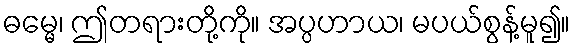
ဓမ္မေ၊ ဤတရားတို့ကို။ အပ္ပဟာယ၊ မပယ်စွန့်မူ၍။